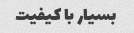
بسیار با کیفیت